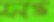
সন্ত